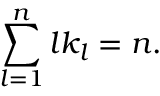
\sum _ { l = 1 } ^ { n } l k _ { l } = n .